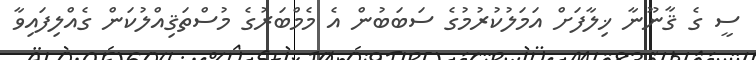
ސީ ގެ ޤާނޫނާ ޚިލާފަށް އަމަލުކުރުމުގެ ސަބަބުން އެ މެމްބަރުގެ މުސްތަޤިއްލުކަން ގެއްލިފައިވާ